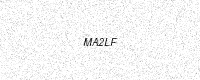
Text: MA2LF